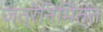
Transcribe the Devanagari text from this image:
जत्रेनिमित्त